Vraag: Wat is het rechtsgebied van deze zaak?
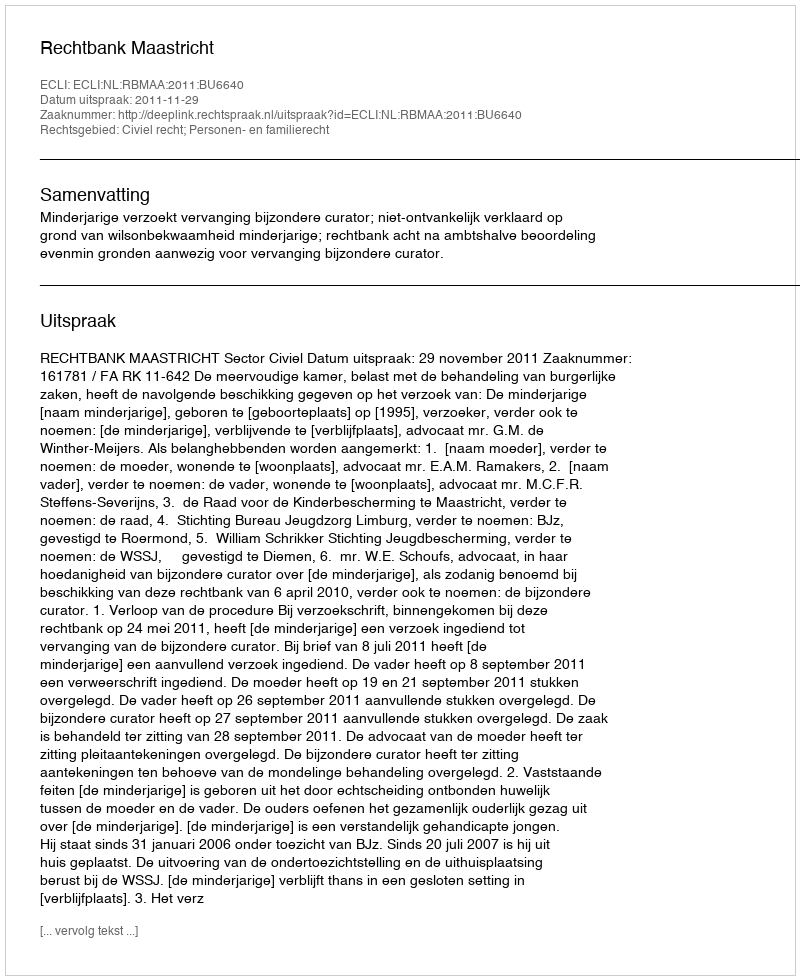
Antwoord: Civiel recht; Personen- en familierecht